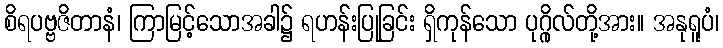
စိရပဗ္ဗဇိတာနံ၊ ကြာမြင့်သောအခါ၌ ရဟန်းပြုခြင်း ရှိကုန်သော ပုဂ္ဂိုလ်တို့အား။ အနုရူပံ၊